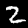
Digit: 2